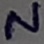
Text: N